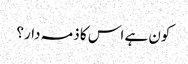
کون ہے اس کا ذمہ دار؟